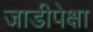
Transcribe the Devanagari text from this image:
जाडीपेक्षा